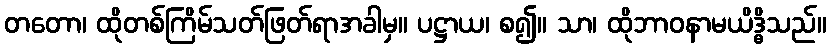
တတော၊ ထိုတစ်ကြိမ်သတ်ဖြတ်ရာအခါမှ။ ပဋ္ဌာယ၊ စ၍။ သာ၊ ထိုဘာဝနာမယိဒ္ဓိသည်။